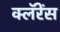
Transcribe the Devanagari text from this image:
क्लॅरेंस